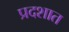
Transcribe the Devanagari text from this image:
प्रदशात